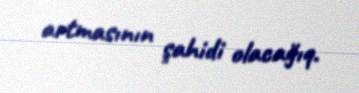
artmasının şahidi olacağıq.